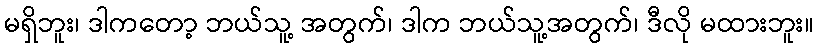
မရှိဘူး၊ ဒါကတော့ ဘယ်သူ့ အတွက်၊ ဒါက ဘယ်သူ့အတွက်၊ ဒီလို မထားဘူး။